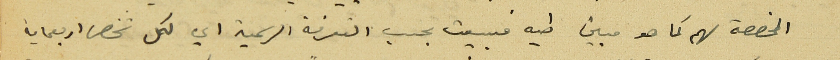
المخصصة لهم كما هو مبين طيه فبيعت بحسب التعرفة الرسمية اي لكل شخص اربعماية